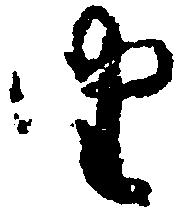
由